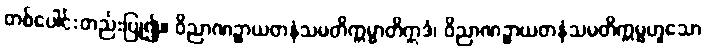
တစ်ပေါင်းတည်းပြု၍။ ဝိညာဏဉ္စာယတနံသမတိက္ကမ္မာတိဣဒံ၊ ဝိညာဏဉ္စာယတနံသမတိက္ကမ္မဟူသော